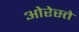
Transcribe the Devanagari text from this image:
ओरेस्ते